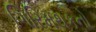
ગિરિમથકનો